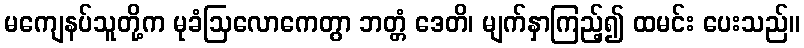
မကျေနပ်သူတို့က မုခံဩလောကေတွာ ဘတ္တံ ဒေတိ၊ မျက်နှာကြည့်၍ ထမင်း ပေးသည်။